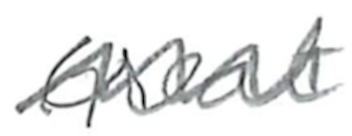
Text: Great
Cross-out: mix
Writing tool: pencil